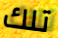
تلك